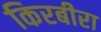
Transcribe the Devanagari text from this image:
किरबीरा